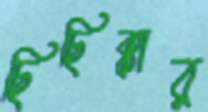
ছিছিক্কার